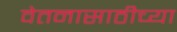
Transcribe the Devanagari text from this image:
वेतनासाठीच्या